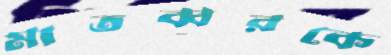
মাতব্বরকে